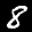
Label: 8